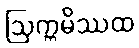
ဩက္ကမိဿထ